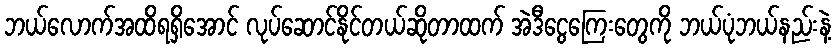
ဘယ်လောက်အထိရရှိအောင် လုပ်ဆောင်နိုင်တယ်ဆိုတာထက် အဲဒီငွေကြေးတွေကို ဘယ်ပုံဘယ်နည်းနဲ့